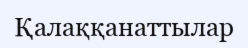
Қалаққанаттылар